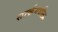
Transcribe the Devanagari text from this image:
सार्कमधील